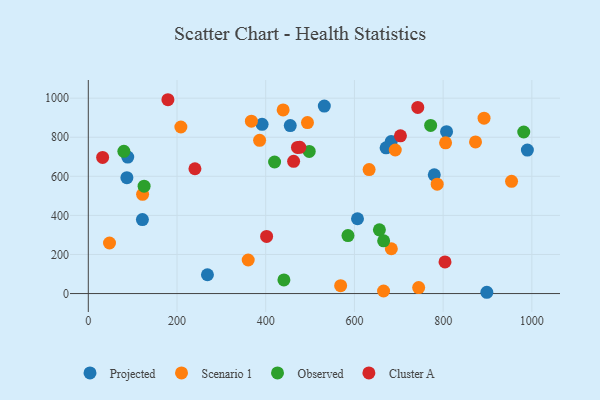
{"axis": {"x": "Distance", "y": "Fuel Efficiency"}, "legend": ["Cluster A", "Observed", "Projected", "Scenario 1"], "data": [{"x": "268.6", "y": 96.4, "type": "Projected"}, {"x": "682.9", "y": 778.1, "type": "Projected"}, {"x": "391.8", "y": 866.2, "type": "Projected"}, {"x": "455.3", "y": 859.5, "type": "Projected"}, {"x": "532.1", "y": 959.5, "type": "Projected"}, {"x": "989.9", "y": 734.2, "type": "Projected"}, {"x": "807.7", "y": 828.3, "type": "Projected"}, {"x": "88.9", "y": 698.7, "type": "Projected"}, {"x": "87.0", "y": 593.3, "type": "Projected"}, {"x": "898.5", "y": 6.6, "type": "Projected"}, {"x": "780.0", "y": 607.5, "type": "Projected"}, {"x": "671.4", "y": 745.8, "type": "Projected"}, {"x": "122.0", "y": 378.8, "type": "Projected"}, {"x": "606.9", "y": 382.9, "type": "Projected"}, {"x": "494.1", "y": 874.9, "type": "Scenario 1"}, {"x": "744.8", "y": 30.6, "type": "Scenario 1"}, {"x": "892.2", "y": 897.7, "type": "Scenario 1"}, {"x": "568.9", "y": 40.2, "type": "Scenario 1"}, {"x": "786.6", "y": 560.0, "type": "Scenario 1"}, {"x": "633.1", "y": 634.5, "type": "Scenario 1"}, {"x": "954.2", "y": 574.6, "type": "Scenario 1"}, {"x": "805.5", "y": 771.5, "type": "Scenario 1"}, {"x": "665.7", "y": 13.1, "type": "Scenario 1"}, {"x": "692.1", "y": 734.7, "type": "Scenario 1"}, {"x": "439.3", "y": 939.9, "type": "Scenario 1"}, {"x": "683.2", "y": 229.4, "type": "Scenario 1"}, {"x": "873.0", "y": 775.8, "type": "Scenario 1"}, {"x": "47.8", "y": 258.7, "type": "Scenario 1"}, {"x": "122.4", "y": 507.9, "type": "Scenario 1"}, {"x": "208.7", "y": 852.3, "type": "Scenario 1"}, {"x": "386.2", "y": 784.2, "type": "Scenario 1"}, {"x": "367.7", "y": 882.3, "type": "Scenario 1"}, {"x": "360.5", "y": 171.7, "type": "Scenario 1"}, {"x": "420.0", "y": 673.4, "type": "Observed"}, {"x": "441.0", "y": 70.0, "type": "Observed"}, {"x": "585.4", "y": 296.6, "type": "Observed"}, {"x": "125.8", "y": 549.8, "type": "Observed"}, {"x": "656.3", "y": 326.1, "type": "Observed"}, {"x": "498.1", "y": 727.4, "type": "Observed"}, {"x": "665.9", "y": 270.0, "type": "Observed"}, {"x": "771.8", "y": 860.6, "type": "Observed"}, {"x": "80.2", "y": 727.8, "type": "Observed"}, {"x": "981.7", "y": 826.8, "type": "Observed"}, {"x": "742.8", "y": 952.4, "type": "Cluster A"}, {"x": "240.4", "y": 638.8, "type": "Cluster A"}, {"x": "32.3", "y": 696.9, "type": "Cluster A"}, {"x": "402.0", "y": 292.5, "type": "Cluster A"}, {"x": "471.6", "y": 747.9, "type": "Cluster A"}, {"x": "179.5", "y": 992.0, "type": "Cluster A"}, {"x": "703.7", "y": 807.0, "type": "Cluster A"}, {"x": "476.8", "y": 748.6, "type": "Cluster A"}, {"x": "804.2", "y": 162.1, "type": "Cluster A"}, {"x": "462.9", "y": 676.8, "type": "Cluster A"}]}